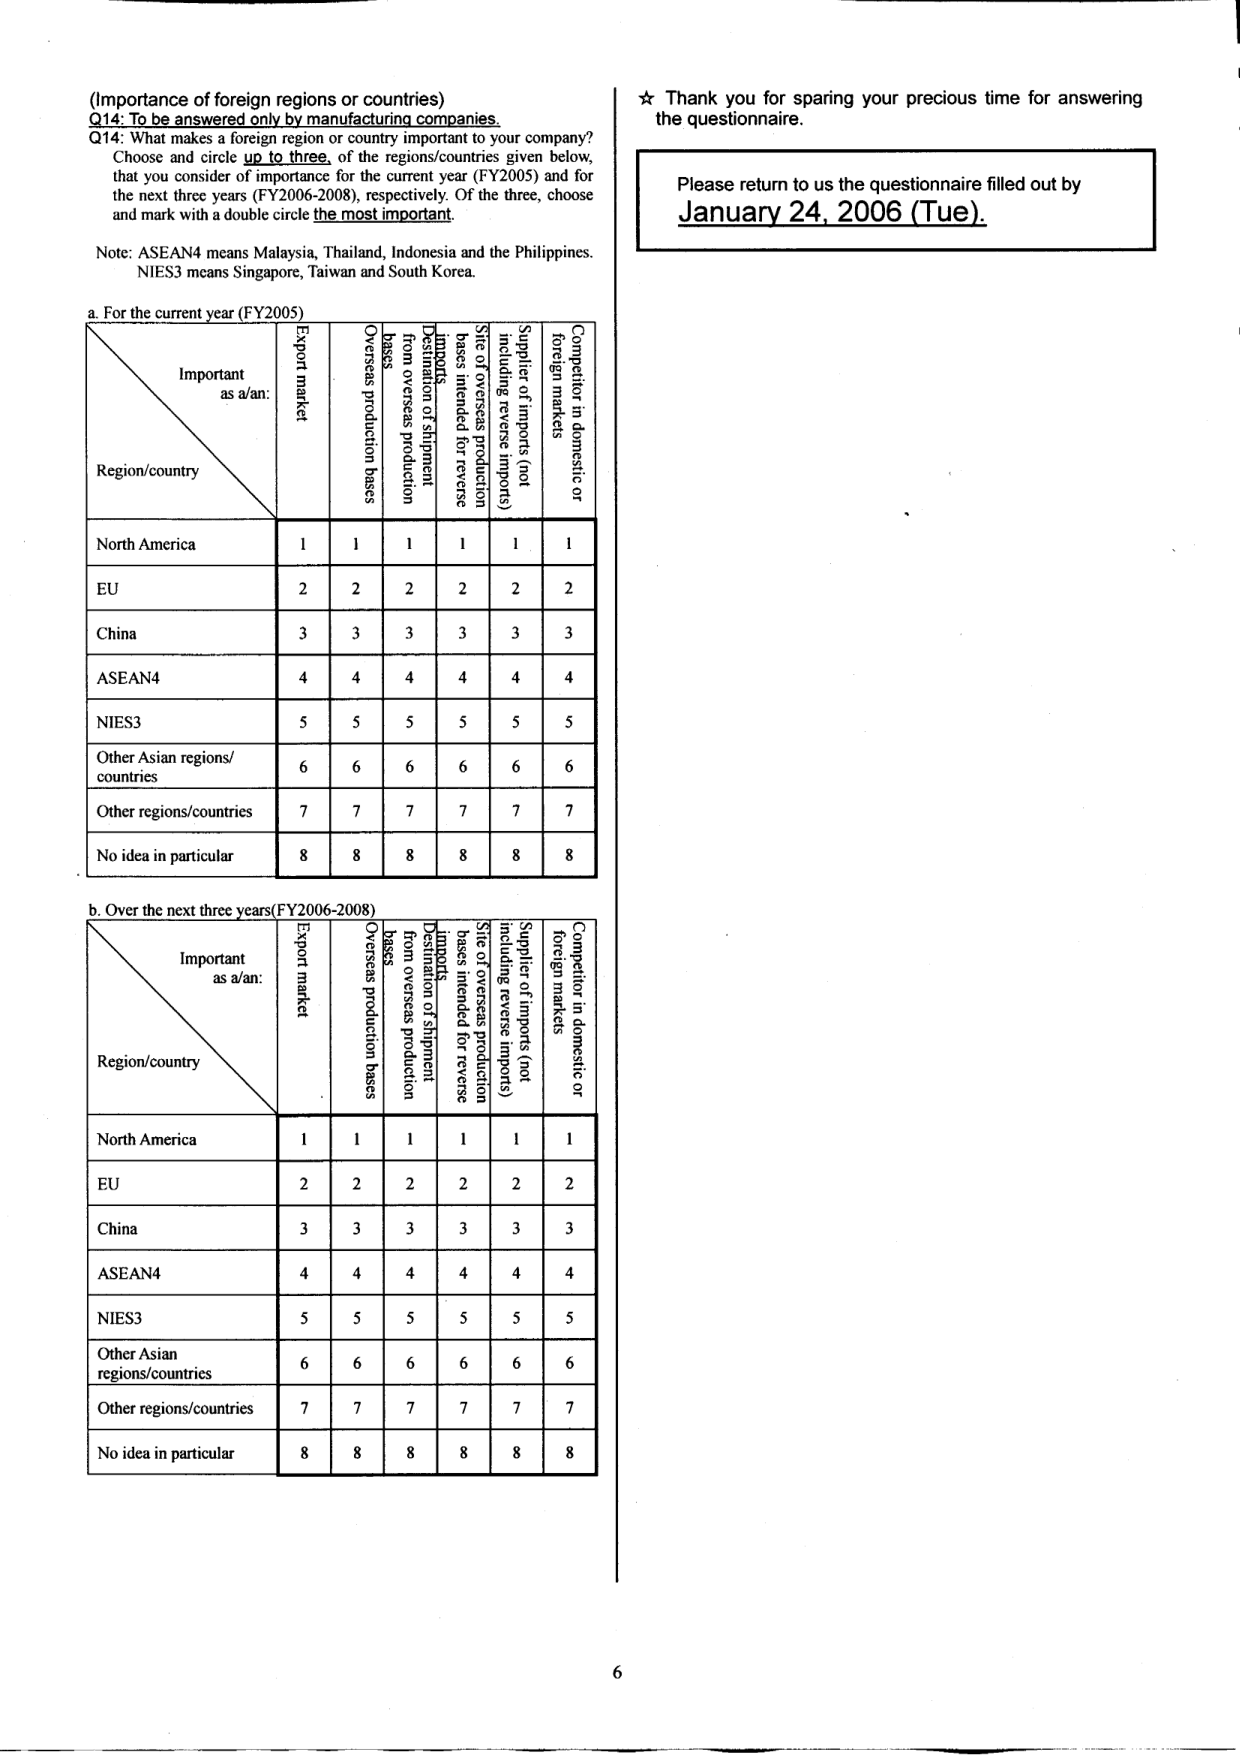
(Importance of foreign regions or countries)
Q14: To be answered only by manufacturing companies.
Q14: What makes a foreign region or country important to your company?
Choose and circle up to three, of the regions/countries given below,
that you consider of importance for the current year (FY2005) and for
the next three years (FY2006-2008), respectively. Of the three, choose
and mark with a double circle the most important.

Note: ASEAN4 means Malaysia, Thailand, Indonesia and the Philippines.
NIES3 means Singapore, Taiwan and South Korea.

a. For the current year (FY2005)

Important as a/an:
Region/country | Export market | Overseas production bases | Destination of shipment from overseas production bases | Site of overseas production bases intended for reverse imports | Supplier of imports (not including reverse imports) | Competitor in domestic or foreign markets
--- | --- | --- | --- | --- | --- | ---
North America | 1 | 1 | 1 | 1 | 1 | 1
EU | 2 | 2 | 2 | 2 | 2 | 2
China | 3 | 3 | 3 | 3 | 3 | 3
ASEAN4 | 4 | 4 | 4 | 4 | 4 | 4
NIES3 | 5 | 5 | 5 | 5 | 5 | 5
Other Asian regions/countries | 6 | 6 | 6 | 6 | 6 | 6
Other regions/countries | 7 | 7 | 7 | 7 | 7 | 7
No idea in particular | 8 | 8 | 8 | 8 | 8 | 8

b. Over the next three years (FY2006-2008)

Important as a/an:
Region/country | Export market | Overseas production bases | Destination of shipment from overseas production bases | Site of overseas production bases intended for reverse imports | Supplier of imports (not including reverse imports) | Competitor in domestic or foreign markets
--- | --- | --- | --- | --- | --- | ---
North America | 1 | 1 | 1 | 1 | 1 | 1
EU | 2 | 2 | 2 | 2 | 2 | 2
China | 3 | 3 | 3 | 3 | 3 | 3
ASEAN4 | 4 | 4 | 4 | 4 | 4 | 4
NIES3 | 5 | 5 | 5 | 5 | 5 | 5
Other Asian regions/countries | 6 | 6 | 6 | 6 | 6 | 6
Other regions/countries | 7 | 7 | 7 | 7 | 7 | 7
No idea in particular | 8 | 8 | 8 | 8 | 8 | 8

★ Thank you for sparing your precious time for answering the questionnaire.

Please return to us the questionnaire filled out by January 24, 2006 (Tue).

6